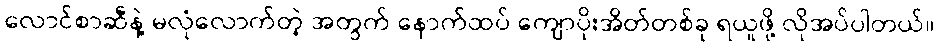
လောင်စာဆီနဲ့ မလုံလောက်တဲ့ အတွက် နောက်ထပ် ကျောပိုးအိတ်တစ်ခု ရယူဖို့ လိုအပ်ပါတယ်။